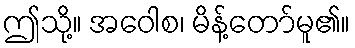
ဤသို့။ အဝေါစ၊ မိန့်တော်မူ၏။